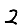
Digit: 2